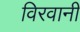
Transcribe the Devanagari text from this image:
विरवानी